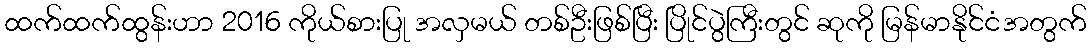
ထက်ထက်ထွန်းဟာ 2016 ကိုယ်စားပြု အလှမယ် တစ်ဦးဖြစ်ပြီး ပြိုင်ပွဲကြီးတွင် ဆုကို မြန်မာနိုင်ငံအတွက်